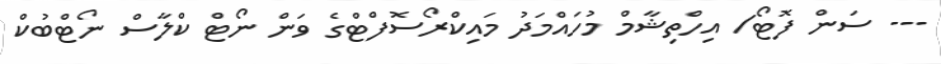
--- ސަން ފޮޓޯ/ އިހްތިޝާމް މުހައްމަދު މައިކްރޯސޮފްޓްގެ ވަން ނޯޓް ކްލާސް ނޯޓްބުކް